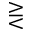
\gtreqless